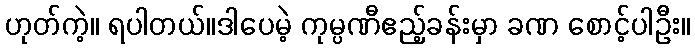
ဟုတ်ကဲ့။ ရပါတယ်။ဒါပေမဲ့ ကုမ္ပဏီဧည့်ခန်းမှာ ခဏ စောင့်ပါဦး။